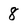
Character: 8